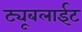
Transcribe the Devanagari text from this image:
ट्यूबलाईट